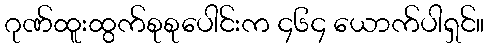
ဂုဏ်ထူးထွက်စုစုပေါင်းက ၄၆၄ ယောက်ပါရှင်။